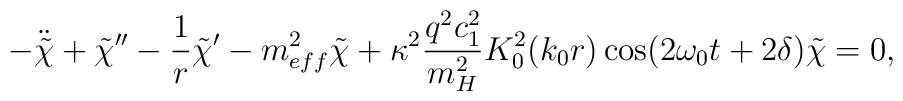
-\ddot{\tilde{\chi}} + \tilde{\chi}'' - \frac{1}{r} \tilde{\chi}'- m_{eff}^2 \tilde{\chi} + \kappa^2 \frac{q^2c_1^2}{m_H^2} K_0^2(k_0 r)\cos(2\omega_0t + 2 \delta) \tilde{\chi} =0,